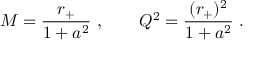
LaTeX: M = { \frac { r _ { + } } { 1 + a ^ { 2 } } } \ , \qquad Q ^ { 2 } = { \frac { ( r _ { + } ) ^ { 2 } } { 1 + a ^ { 2 } } } \ .